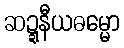
ဆဍ္ဍနီယဓမ္မော